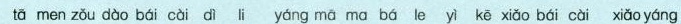
tā men zǒu dào bái cài di i yáng mā ma bá le yì kē xiǎo bái cài xiǎo yáng